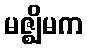
မဇ္ဈိမက